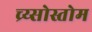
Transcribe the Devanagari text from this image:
च्र्य्सोस्तोम